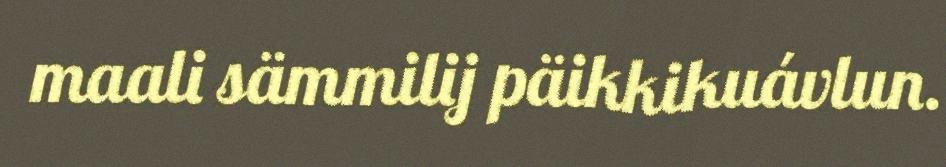
maali sämmilij päikkikuávlun.